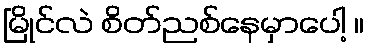
မြိုင်လဲ စိတ်ညစ်နေမှာပေါ့ ။